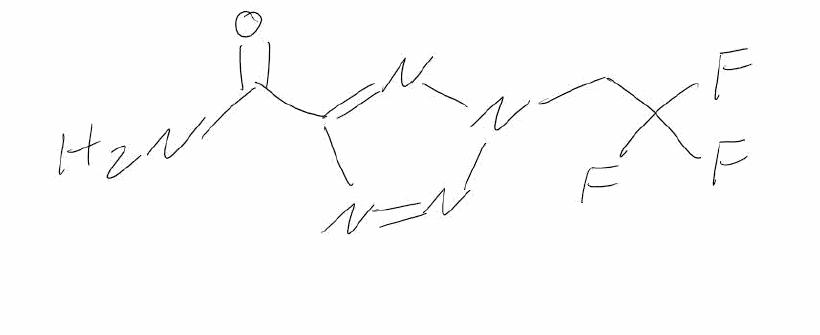
Simplified molecular-input line-entry system (SMILES) notation of the given molecule:
C(C(F)(F)F)N1N=C(N=N1)C(=O)N